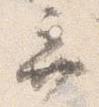
棄